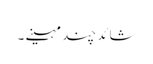
شائد چند مہینے ۔